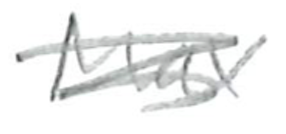
Text: Max
Cross-out: scratch
Writing tool: pencil